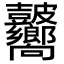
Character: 𥀾